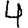
Digit: 4